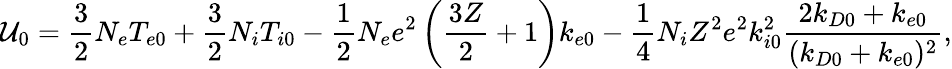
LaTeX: \mathcal{U}_{0}=\frac{{3}}{{2}}N_{e}T_{e0}+\frac{{3}}{{2}}N_{i}T_{i0}-\frac{{1}}{{2}}N_{e}e^{2}\left(\frac{{3Z}}{{2}}+1\right)k_{e0}-\frac{{1}}{{4}}N_{i}Z^{2}e^{2}k_{i0}^{2}\frac{{2k_{D0}+k_{e0}}}{{(k_{D0}+k_{e0})^{2}}},